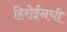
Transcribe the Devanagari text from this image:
हिरोईनची